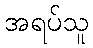
အရပ်သူ